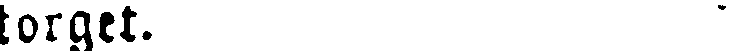
torget.